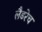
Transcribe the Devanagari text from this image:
लैडरेच